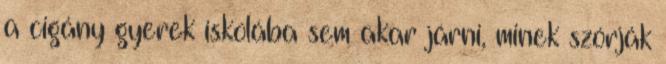
a cigány gyerek iskolába sem akar járni, minek szórják